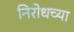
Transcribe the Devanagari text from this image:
निरोधच्या